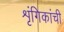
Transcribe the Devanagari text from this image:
शृंगिकांची